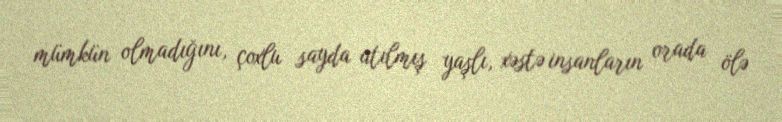
mümkün olmadığını, çoxlu sayda atılmış yaşlı, xəstə insanların orada ölə